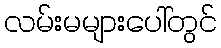
လမ်းမများပေါ်တွင်